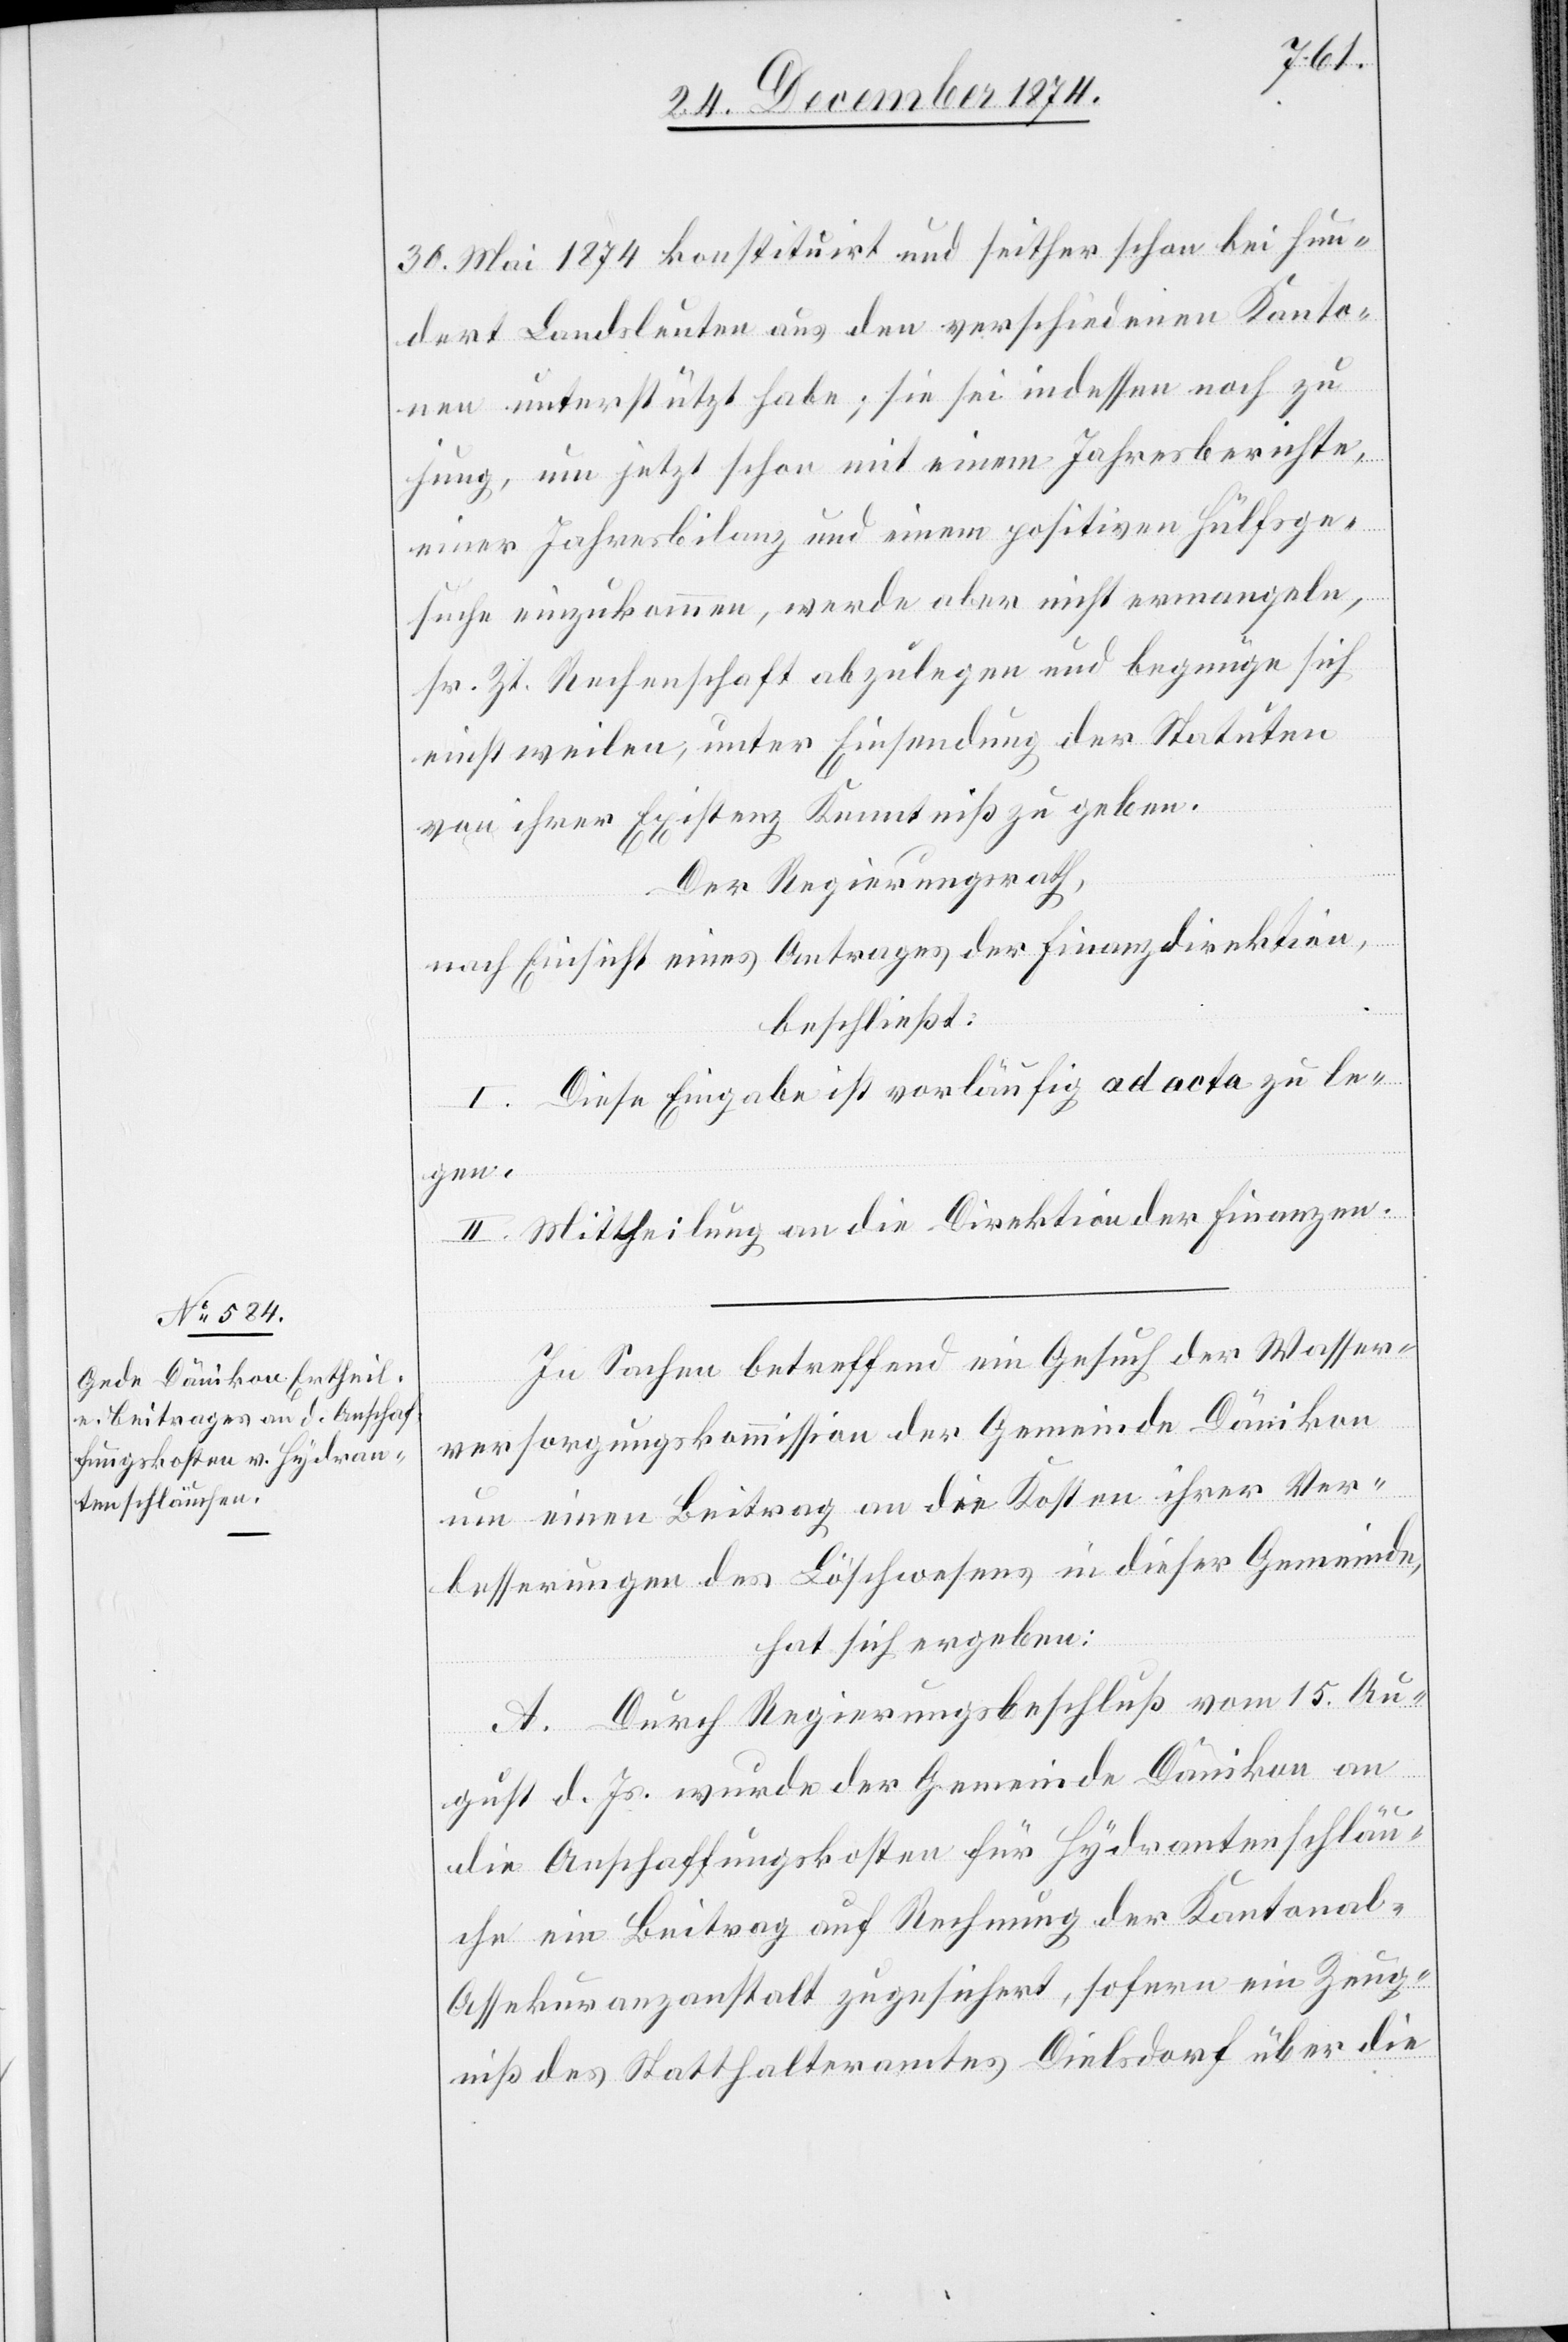
30. Mai 1874 konstituirt und seither schon bei hun¬
dert Landsleuten aus den verschiedenen Kanto¬
nen unterstützt habe; sie sei indessen noch zu
jung, um jetzt schon mit einem Jahresberichte,
einer Jahresbilanz und einem positiven Hülfsge¬
suche einzukommen, werde aber nicht ermangeln,
sr. Zt. Rechenschaft abzulegen und begnüge sich
einstweilen, unter Einsendung der Statuten
von ihrer Existenz Kenntniß zu geben.
Der Regierungsrath,
nach Einsicht eines Antrages der Finanzdirektion,
beschließt:
I. Diese Eingabe ist vorläufig ad acta zu le¬
gen.
II. Mittheilung an die Direktion der Finanzen.
In Sachen betreffend ein Gesuch der Wasser¬
versorgungskommission der Gemeinde Dänikon
um einen Beitrag an die Kosten ihrer Ver¬
besserungen des Löschwesens in dieser Gemeinde,
hat sich ergeben:
A. Durch Regierungsbeschluß vom 15. Au¬
gust d. Js. wurde der Gemeinde Dänikon an
die Anschaffungskosten für Hydrantenschläu¬
che ein Beitrag auf Rechnung der Kantonal-A¬
ssekuranzanstalt zugesichert, sofern ein Zeug¬
niß des Statthalteramtes Dielsdorf über die